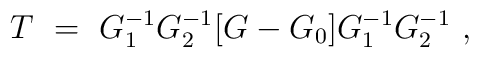
T\ =\ G_1^{-1}G_2^{-1}[G-G_0]G_1^{-1}G_2^{-1}\ ,